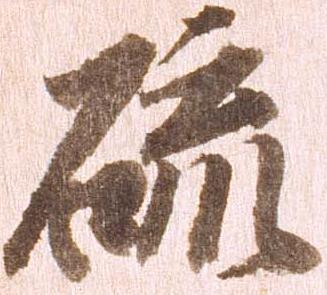
硫